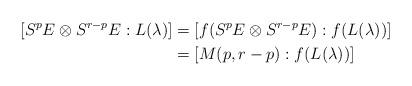
LaTeX: \begin{align*} [S^pE\otimes S^{r-p}E:L(\lambda)]&=[f(S^pE\otimes S^{r-p}E):f(L(\lambda))]\cr &=[M(p,r-p):f(L(\lambda))]\end{align*}